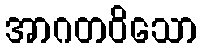
အာဂတဝိသော